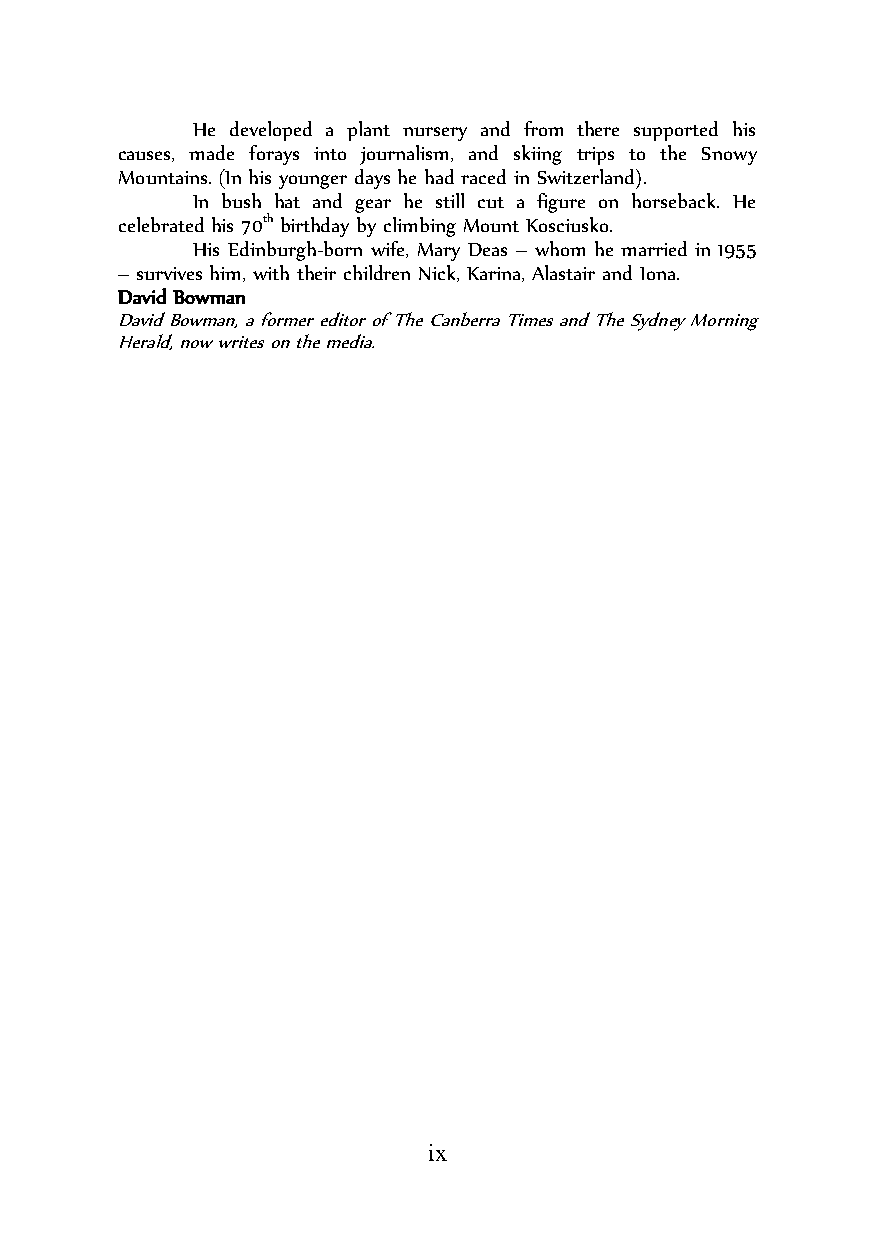
He developed a plant nursery and from there supported his
 causes, made forays into journalism, and skiing trips to the Snowy
 Mountains. (In his younger days he had raced in Switzerland).
 In bush hat and gear he still cut a figure on horseback. He
 celebrated his 70th birthday by climbing Mount Kosciusko.
 His Edinburgh-born wife, Mary Deas – whom he married in 1955
 – survives him, with their children Nick, Karina, Alastair and Iona.
 David Bowman
 David Bowman, a former editor of The Canberra Times and The Sydney Morning
 Herald, now writes on the media.
 ix